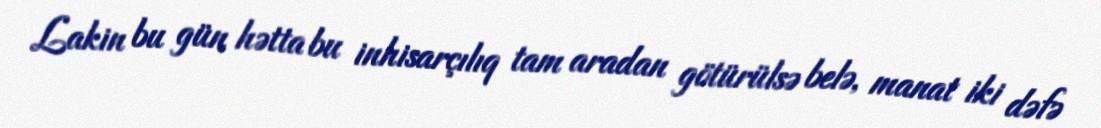
Lakin bu gün hətta bu inhisarçılıq tam aradan götürülsə belə, manat iki dəfə